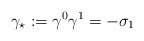
\begin{align*}\gamma _{\star }:=\gamma ^{0}\gamma ^{1}=-\sigma _{1}\end{align*}